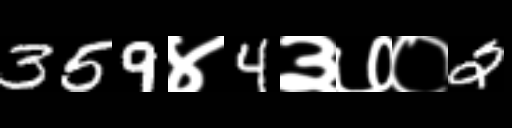
Text: 359४4३७०2